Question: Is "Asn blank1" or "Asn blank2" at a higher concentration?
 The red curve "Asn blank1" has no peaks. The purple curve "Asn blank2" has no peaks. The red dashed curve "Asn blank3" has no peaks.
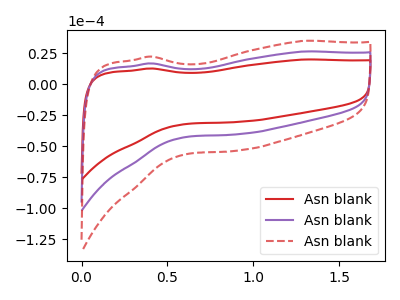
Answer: <think>Neither "Asn blank1" or "Asn blank2" have any peaks.
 </think>
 <answer>I cant tell if "Asn blank1" or "Asn blank2" has higher concentration.</answer>
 <eval>mixed_concentration</eval>